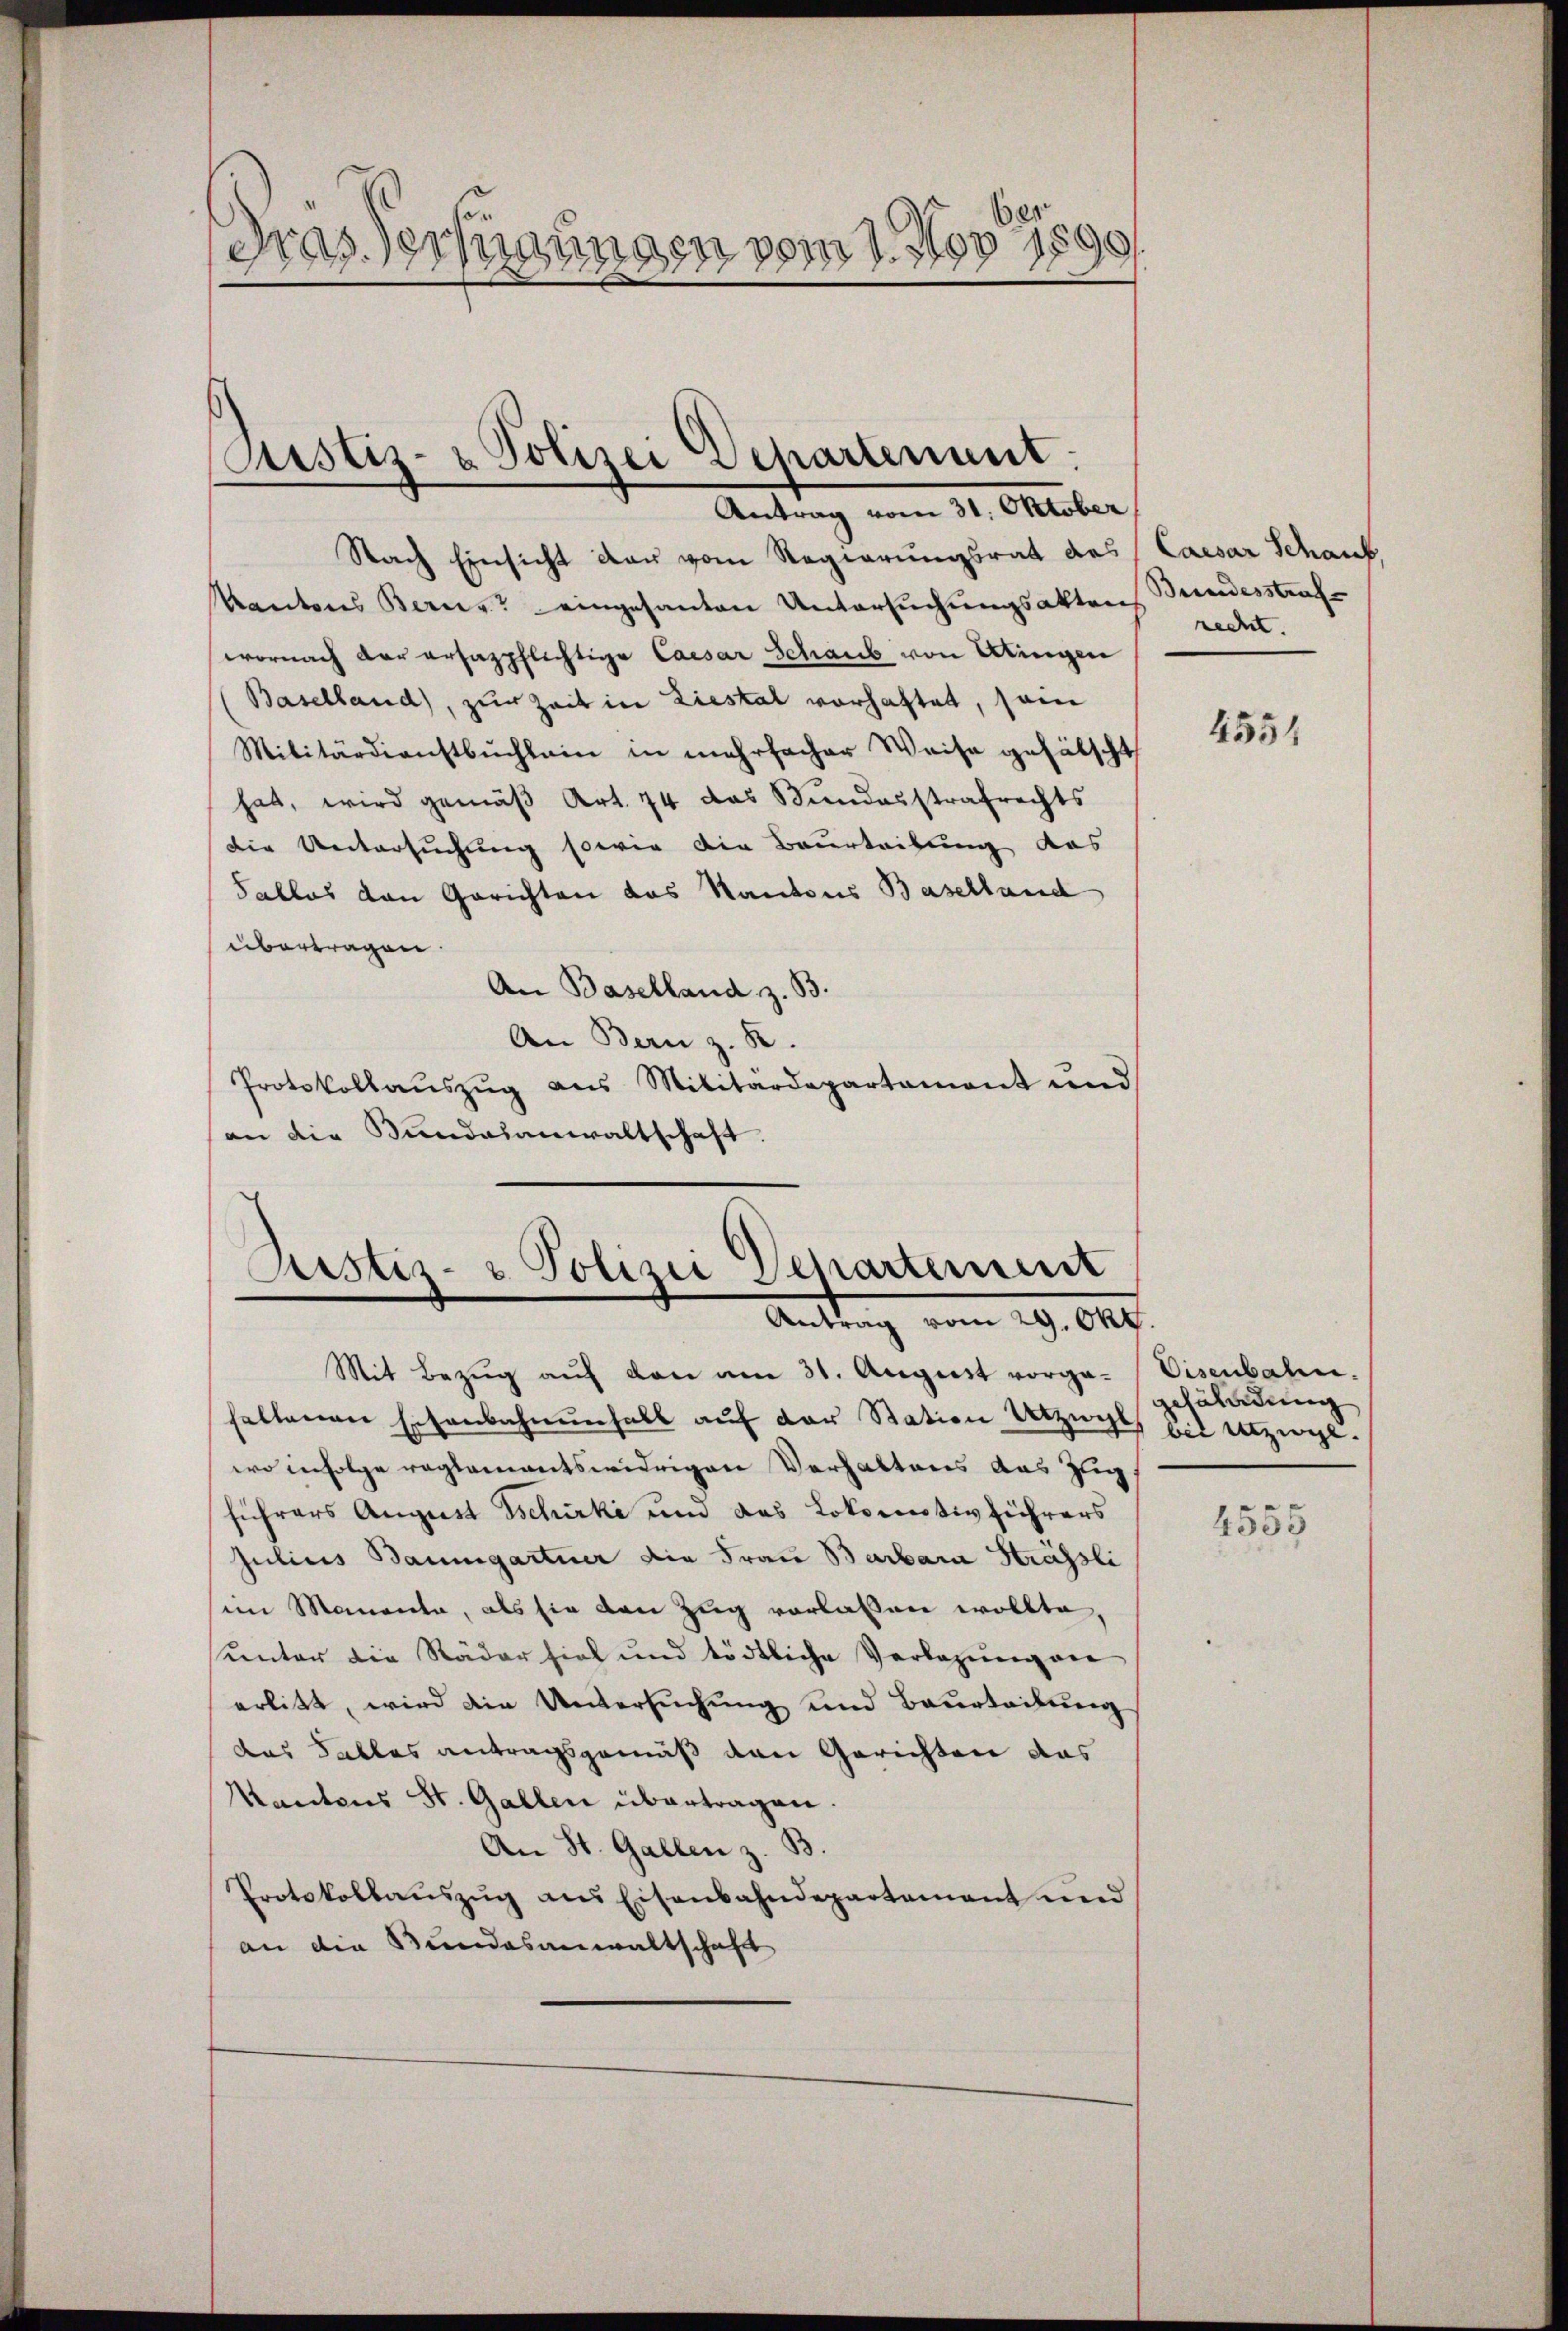
0 1890
ds
Fras Verfügungen vom 13.

Justiz- & Polizei Departenant.
Antrag vom 31. Oktober

Nach Einsicht der vom Regierungsrat des (Caesar Schaub,
Kantones Bern eingesanten Untersuchungsakten Bundesstrafwornach vor ersatzpflichtige Caesar Schaub von Alingen
Baselland), zur Zeit in Liestal vorhaftet, sein
Militärdienstbuchlein in mehrfacher Weise gefälscht
hat, wird gemäß Art. 74 das Bundesstrafrechts
die Untersuchung sowie die Beurteibung des
Falles den Gerichten das Kantons Baselland
übertragen.
An Baselland z. B.
An Bern z. B.
Protokollaŭszŭg ans Militärdepartament und
an die Bundesanwaltschaft.

Justiz- & Polizei Departement
Antrag vom 29. Okt.

Mit Bezŭg aŭf den am 31. August vorga- Eisenbahn.
haltenen Eisenbahnenfall auf der Station Urzug, bis Utzige
wo infolge reglementswidrigen Verhaltens aus Zug
führers August Tschirke und das Lokomotivführers
Julius Baumgartner die Frau Barbara Strässli
sein Momenta, als sie den Zug vorlassen wollte
unter die Räder fiel und tödtliche Verlegung an
erlitt, wird die Untersuchung und Beurteilung
das Falles antragsgemäß den Gerichten das
Kantons St. Gallen übertragen.
An St. Gallen z. B.
Protokollaŭszŭg ans Eisenbahndepartement und
an die Bundesanwaltschaft

recht.

4554

gefährdung

4555